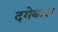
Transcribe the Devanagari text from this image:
दगेबाज